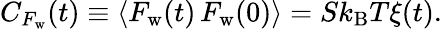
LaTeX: C_{F_{\mathrm{w}}}(t)\equiv\left<F_{\mathrm{w}}(t)\, F_{\mathrm{w}}(0)\right>=Sk_{\mathrm{B}}T\xi(t).